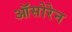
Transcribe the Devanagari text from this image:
ऑसोरेन